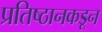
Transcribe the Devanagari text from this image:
प्रतिष्ठानकडून